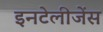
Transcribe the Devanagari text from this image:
इनटेलीजेंस